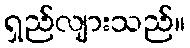
ရှည်လျားသည်။